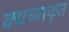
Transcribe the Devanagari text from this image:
क्यच्वाकृत